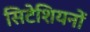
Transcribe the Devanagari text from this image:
सिटेशियनों